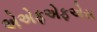
એએફએફએસ